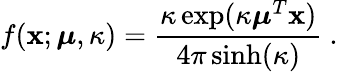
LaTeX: f({\mathbf x};{\boldsymbol\mu},\kappa)=\frac{\kappa\exp(\kappa{\boldsymbol\mu}^{T}{\mathbf x})}{4\pi\sinh(\kappa)}~.